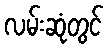
လမ်းဆုံတွင်